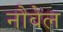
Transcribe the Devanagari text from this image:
नौवेल